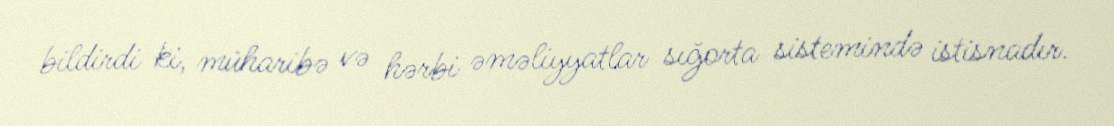
bildirdi ki, müharibə və hərbi əməliyyatlar sığorta sistemində istisnadır.